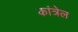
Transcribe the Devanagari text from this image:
कांत्रेल